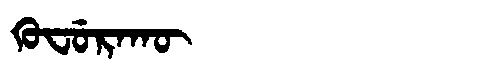
Manchu: ᡴᡠᠸᡠᡵᠠᡴᡡ
Romanization: KUFURAKŪ